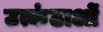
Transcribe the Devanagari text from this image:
उत्कंठाओं